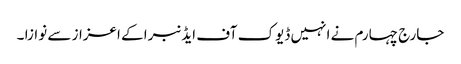
جارج چہارم نے انہیں ڈیوک آف ایڈنبرا کے اعزاز سے نوازا ۔